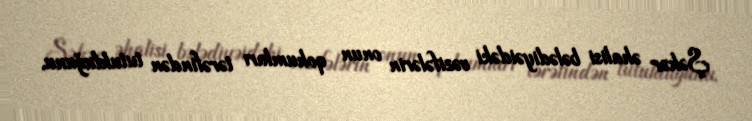
Şəhər əhalisi bələdiyəidəki vəzifələrin onun qohumları tərəfindən tutulduğunu,